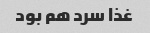
غذا سرد هم بود